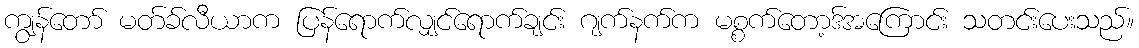
ကျွန်တော် မတ်ခ်လီယာက ပြန်ရောက်လျှင်ရောက်ချင်း ဂျက်နက်က မစ္စက်တော့ဒ်အကြောင်း သတင်းပေးသည်။